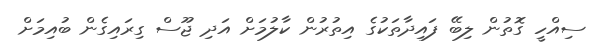
ސިއްހީ ގޮތުން ލިބޭ ފައިދާތަކުގެ އިތުރުން ކާލުމަށް އަދި ޖޫސް ގިރައިގެން ބުއިމަށް